Leaving Certificate Examination, 1902
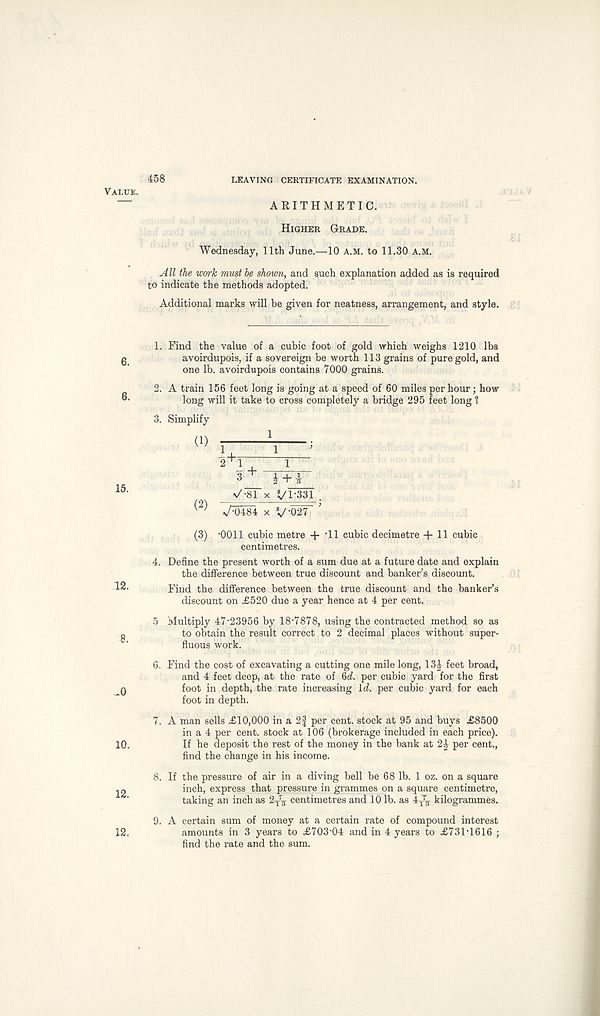
458
LEAVING CERTIFICATE EXAMINATION.
AKITHMETIC.
Higher Grade.
Wednesday, 11th June.—10 a.m. to 11.30 a.m.
All the work must be shown, and such explanation added as is required
to indicate the methods adopted.
Additional marks will be given for neatness, arrangement, and style.
6.
6.
15.
8.
^0
10.
12,
1. Find the value of a cubic foot of gold which weighs 1210 lbs
avoirdupois, if a sovereign be worth 113 grains of pure gold, and
one lb. avoirdupois contains 7000 grains.
2.
3.
A train 156 feet long is going at a speed of 60 miles per hour; how
long will it take to cross completely a bridge 295 feet long 1
Simplify
(1).
(2)
1
V-81
1
yi-33i.
V-0277 '
(3) - 0011 cubic metre + 'll cubic decimetre + 11 cubic
centimetres.
4. Define the present worth of a sum due at a future date and explain
the difference between true discount and banker’s discount.
Find the difference between the true discount and the banker’s
discount on £520 due a year hence at 4 per cent.
5 Multiply 47-23956 by 18-7878, using the contracted method so as
to obtain the result correct to 2 decimal places without super-
fluous work.
6. Find the cost of excavating a cutting one mile long, 13J feet broad,
and 4 feet deep, at the rate of 6d. per cubic yard for the first
foot in depth, the rate increasing Id. per cubic yard for each
foot in depth.
7. A man sells £10,000 in a 2f per cent, stock at 95 and buys £8500
in a 4 per cent, stock at 106 (brokerage included in each price).
If he deposit the rest of the money in the bank at 2| per cent.,
find the change in his income.
8. If the pressure of air in a diving bell be 68 lb. 1 oz. on a square
inch, express that pressure in grammes on a square centimetre,
taking an inch as 2 T
7^ centimetres and 10 lb. as 4j% kilogrammes.
9. A certain sum of money at a certain rate of compound interest
amounts in 3 years to £703-04 and in 4 years to £731-1616 ;
find the rate and the sum.